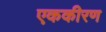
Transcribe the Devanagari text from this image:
एककीरण